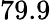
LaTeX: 79.9